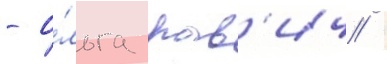
- о́льга рав'ич /